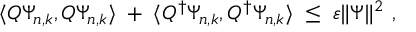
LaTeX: \langle Q \Psi _ { n , k } , Q \Psi _ { n , k } \rangle \; + \; \langle Q ^ { \dagger } \Psi _ { n , k } , Q ^ { \dagger } \Psi _ { n , k } \rangle \; \leq \; \varepsilon \Vert \Psi \Vert ^ { 2 } \ ,